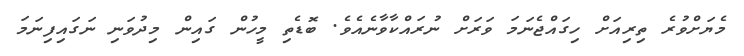
މެޔަށްވުރެ ތިރިއަށް ހިގައްޖެނަމަ ވަރަށް ނުރައްކާވާނެއެވެ. ބޮޑެތި މީހުން ގައިން މިދުވަނި ނަގައިފިނަމަ